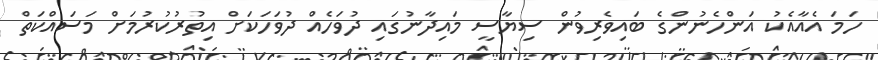
ހަމަ އެއާއެކު އަންހެނުންގެ ބައިވެރިވުން ސިޔާސީ މައިދާނުގައި ދުވަހެއް ދުވަހަކަށް އިތުރުކުރުމަށް މަސައްކަތް